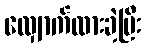
လျှောက်ထားခဲ့ပြီး